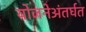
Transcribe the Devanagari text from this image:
योजनेअंतर्घत